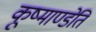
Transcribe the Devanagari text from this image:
कूष्माण्डेति